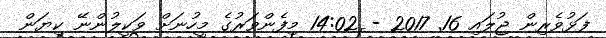
ފަޅުވެރިން ޖުލައި 16